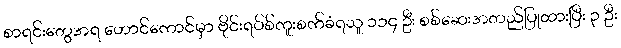
စာရင်းတွေအရ ဟောင်ကောင်မှာ ဗိုင်းရပ်စ်ကူးစက်ခံရသူ ၁၁၄ ဦး စစ်ဆေးအတည်ပြုထားပြီး ၃ ဦး